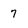
Character: 7